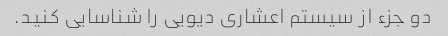
دو جزء از سیستم اعشاری دیویی را شناسایی کنید.